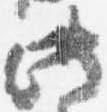
此